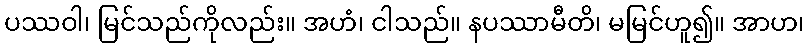
ပဿဝါ၊ မြင်သည်ကိုလည်း။ အဟံ၊ ငါသည်။ နပဿာမီတိ၊ မမြင်ဟူ၍။ အာဟ၊